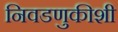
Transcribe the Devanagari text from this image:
निवडणुकीशी